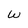
Character: w